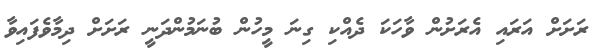
ރަށަށް އަރައި އެރަށުން ވާހަކަ ދެއްކި ގިނަ މީހުން ބުނަމުންދަނީ ރަށަށް ދިމާވެފައިވާ